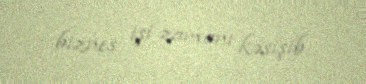
biznes işi zamanı kəsişib.